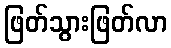
ဖြတ်သွားဖြတ်လာ